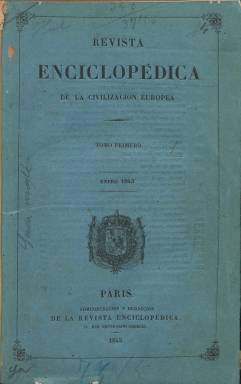
Título: Revista enciclopédica de la civilización europea
Colección: Revistas de información general
Ámbito geográfico: Francia
Lugar de publicación: Paris
Fechas: 01/01/1843-31/07/1843

Publicación que dirigen y redactan los escritores, periodistas y políticos Patricio de la Escosura (1807-1878) y Eugenio Ochoa (1815-1872), ambos con ascendencias afrancensadas y prosapias románticas, tras haberse expatriado a París al asumir el general Baldomero Espartero (1793-1879) la Regencia en España en 1840. Aunque se indique que el objeto de la revista será “dar a conocer en el Nuevo Mundo la marcha incesante de las naciones más cultas de la Europa en las vías del progreso intelectual”, y en casi una veintena de sus importantes capitales (desde Valparaíso a Boston o desde Río de Janeiro a Nueva York) se podrá suscribir la revista, ésta también se distribuirá tanto en otras ciudades francesas (Bayona, Burdeos o Perpiñán) o desde Madrid a otras españolas.

Al tiempo que Escosura publica esta revista, en tomos mensuales de más de trescientas páginas cada uno, desde enero a julio de 1843, también publicará en París su España artística y monumental (1842-1850), que ha sido considerada como obra cumbre del romanticismo español. Su Revista enciclopédica… la destinó a dar cuenta del “estado de todas las ciencias, todas las artes que el hombre estudia y ejerce”, y, obviando las cuestiones personales o las controversias partidistas, sus páginas acogen artículos de filosofía, historia, biografía, geografía, cronología, arqueología, viajes, derecho, administración, medicina, bellas artes, economía, química, física, industria, comercio, literatura, arquitectura o música, además de textos sobre modas o de variedades, una crónica religiosa y otra universal y un boletín bibliográfico y otro de comercio (con las cotizaciones bursátiles o los precios de las mercancías). Insertará algunos grabados y anuncios de novedades bibliográficas europeas, ofreciendo servicios para el intercambio de libros “u otros objetos” con las dos Américas.

Publica destacados textos originales, algunos de los cuales procederán de colaboradores, como Sebatián Miñano (1770-1845) o Vicente Boix y Ricarte (1813-1880), además de traducciones de artículos de otras revistas y de obras literarias, en concreto por parte de Ochoa, conocido también por su labor bibliográfica y como traductor de Balzac (1799-1850).

La redacción de la revista estuvo establecida en la rue Neuve Sant Georges y sus siete entregas están compuestas a una columna y estampadas en la imprenta también parisina de Fain y Thunot. Cada entrega o tomo cuenta con su correspondiente sumario, y al final de la de junio aparecen unas tablas de los contenidos por orden de publicación y de materias por orden alfabético del primer semestre. Tras publicar la entrega de julio y producirse la caída de Espartero este mismo mes de 1843, Escosura regresó a Madrid, en donde continuó con su labor literaria y siendo afín al liberalismo moderado, e ingresó en la Academia Española, al igual que Ochoa, siendo nombrado también éste alto funcionario de la Biblioteca Nacional.